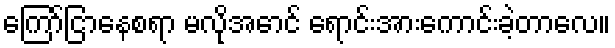
ကြော်ငြာနေစရာ မလိုအောင် ရောင်းအားကောင်းခဲ့တာလေ။